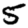
Digit: 5